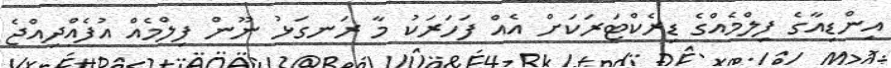
އިންޑިއާގެ ފިލްމެއްގެ ޑިރެކްޓަރަކަށް އެއް ފަހަރަކު މާ ރަނގަޅު ނޫން ފިިލްމެއް އުފެއްދިއްޖެ